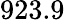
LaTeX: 923.9